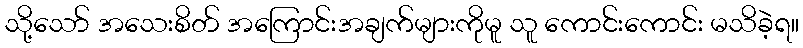
သို့သော် အသေးစိတ် အကြောင်းအချက်များကိုမူ သူ ကောင်းကောင်း မသိခဲ့ရ။